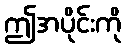
ဤအပိုင်းကို